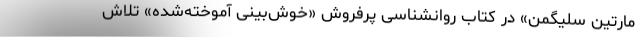
مارتین سلیگمن» در کتاب روانشناسی پرفروش «خوش‌بینی آموخته‌شده» تلاش